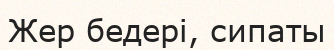
Жер бедері, сипаты